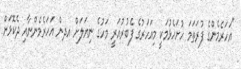
"އަހަރެމެންގެ ފުރަތަމަ ހުށަހެޅުމަކީ މިއަހަރުގެ ފެބުރުއަރީ މަހުގެ ނިޔަލަށް އދން އަހަރެމެންނާއި ދެކޮޅަށް